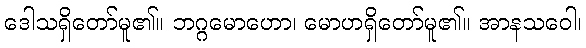
ဒေါသရှိတော်မူ၏။ ဘဂ္ဂမောဟော၊ မောဟရှိတော်မူ၏။ အာနသဝေါ၊